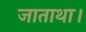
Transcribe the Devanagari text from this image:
जाताथा।